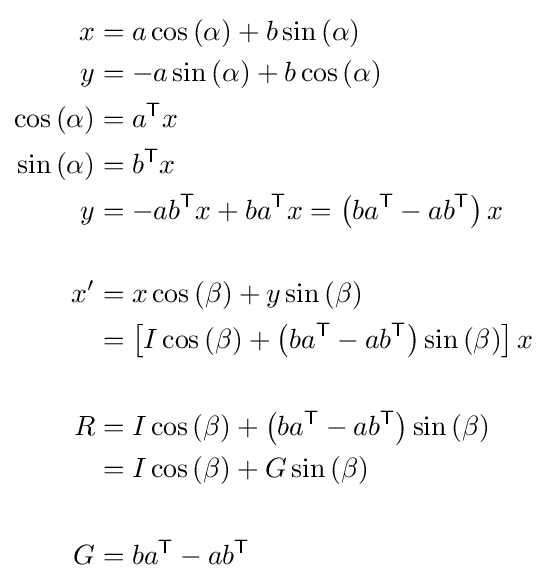
{\begin{aligned}x&=a\cos \left(\alpha \right)+b\sin \left(\alpha \right)\\y&=-a\sin \left(\alpha \right)+b\cos \left(\alpha \right)\\\cos \left(\alpha \right)&=a^{\mathsf {T}}x\\\sin \left(\alpha \right)&=b^{\mathsf {T}}x\\y&=-ab^{\mathsf {T}}x+ba^{\mathsf {T}}x=\left(ba^{\mathsf {T}}-ab^{\mathsf {T}}\right)x\\\\x'&=x\cos \left(\beta \right)+y\sin \left(\beta \right)\\&=\left[I\cos \left(\beta \right)+\left(ba^{\mathsf {T}}-ab^{\mathsf {T}}\right)\sin \left(\beta \right)\right]x\\\\R&=I\cos \left(\beta \right)+\left(ba^{\mathsf {T}}-ab^{\mathsf {T}}\right)\sin \left(\beta \right)\\&=I\cos \left(\beta \right)+G\sin \left(\beta \right)\\\\G&=ba^{\mathsf {T}}-ab^{\mathsf {T}}\\\end{aligned}}